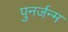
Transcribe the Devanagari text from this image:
पुनर्जन्‍म